Vital statistics of India. Vol. IV, Annual returns from 1871 to 1876. British Army of India, Native Army and jails of Bengal
Year: 1871
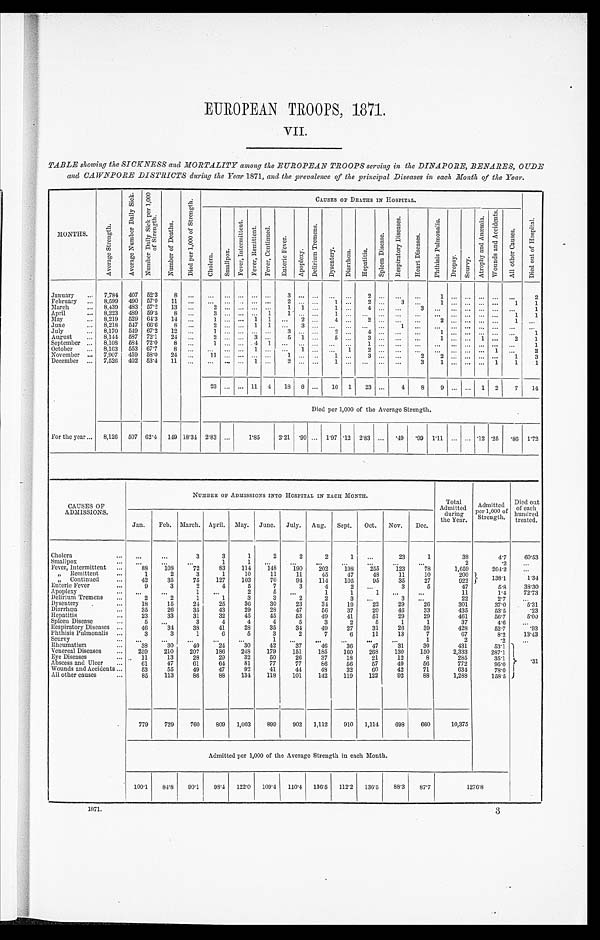
EUROPEAN TROOPS, 1871.
VII.
TABLE showing the SICKNESS and MORTALITY among the EUROPEAN TROOPS serving in the DINAPORE, BENARES, OUDE
and CAWNPORE DISTRICTS during the Year 1871, and the prevalence of the principal Diseases in each Month of the Year.
MONTHS.
A v e r a g e S t r e n g t h
A v e r a g e n u m b e r D a i l y S i c k . N u m b e r D a i l y S i c k p e r 1 , 0 0 0 o f S t r e n g t h .
N u m b e r o f D e a t h s .
D i e d p e r 1 , 0 0 0 o f S t r e n g t h .
CAUSES OP DEATHS IN HOSPITAL.
C h o l c r a .
S m a l l p o x
F e v e r I n t e r m i t t e n t .
F e v e r R e m i t t e n t . F e v e r , C o n t i n u e d .
E n t e r i c F e v e r .
A p o p l e x y .
D e l i r i u m T r e m e n s .
D y s e n t e r y .
D i a r r h œ a . H e p a t i t i s .
S p l e e n D i s e a s e s .
R e s p i r a t o r y D i s e a s e s .
H e a r t D i s e a s e s .
P h t h i s i s P u l m o n a l i s .
D r o p s y .
S c u r v y .
A t r o p h y a n d A n æ m i a .
W o u n d s a n d A c c i d e n t s .
A l l o t h e r C a u s e s .
D i e d o u t o f H o s p i t a l .
January ... 7,784 407 52.3 8
...
. . .
. . . . . . . . . . . . 3
. . .
...
. . . . . . 2
. . . ... ...
1 . . . . . . . . .
... ...
2
February ... 8,599 490 57.0 11
. . . ... ...
. . . . ... . . .
2 . . .
...
1 ...
2 . . . 3 ... 1 ... . . . . . . ... 1
1
March
... 8,439 483 57.2 13 ...
2 . . . . . . . . . . . . . . 1 1 ... 1 . . . 4 . . . . ... 3 ... ... . . . . . . ... ...
1
April
... 8,223 489 59.5 8 ...
3 . . . . . . . . . 1
1 . . .
...
1 . . .
. . . . . . ...
. . . ... . . . . . . ... ...
1 1
May
... 8,219 529 64.3 14 ...
1 ... ... 1 1 ... . 2 ... 4 . . . 2 . . . ...
. . . 2 . . . . . . . . .
... 1
. . .
June
... 8,218 547 66.6 8 ...
2 . . . . . . 1 1
. . . 3 ...
. . . . . .
. . . . . . 1
. . .
. . . . . . . . . . . .
....
. . . . . .
July... 8,170 549 67.2 12 ...
1 . . . . . . . . . . . .
3 . . .
...
2 . . .
4 . . . ...
. . . 1 . . . . . . . . .
...
. . . . . .
August ... 8,144 587 72.1 24 ...
2 . . . . . . 3 . . . 5 1 ... 5 ... 3 . . . ...
. . . 1 . . . . . . 1 ... 2 1
September ... 8,108 584 72.0 8 ...
1 . . . . . . 4 1
. . . . . . ... ...
. . .
1 . . . ...
. . .
. . . . . . ... . . . ... ...
1
October ... 8,163 553 67.7 8
. . . ... ... ... 1 ... ... 1 ...
. . . 1
2 . . . ...
. . . . . . ... ... . . . 1 ...
2
November ... 7,907 459 58.0 24
. . . 11 . . . . . . . . . . . . 1 . . .
...
1 . . . 3 . . . ...
2 2 . . . . . . . . .
... 1 3
December ... 7,526 402 53.4 11
. . . ... ... ... 1 ... 2 . . .
...
1 . . .
. . . . . . ... 3 1 . . . . . . . . . 1 1
1
23 . . . . . . 11 4 18 8 ... 16 1 23 ... 4 8 9 ... I... 1 2 7 14
Died per 1,000 of the Average Strength.
For the year ... 8,126 507 62.4 149 18.34 2.83 ...
1.85
2.21 .99
. . .
1.97 .12 2.83 ...
. 4 9
. 9 9 1.11 ... ... .12 .25
. 8 6 1. 72
CAUSES OF
ADMISSIONS.
NUMBER OF ADMISSIONS INTO HOSPITAL IN EACH MONTH.
Total
Admitted during
the Year.
Admitt e d P e r 1 , 0 0 0 o
f S t r e n g t h .
Died out
o f e a c h h u n d r e d
treated.
Jan. Feb. March. April. May. June. July. Aug. Sept. Oct. Nov. Dec.
Cholera
...
. . .
...
3
3
1
2
2
2
1
. . . 23
1
38
4.7 60. 53
Smallpox
... ...
...
...
1
1 ...
...
. . . ...
...
...
...
2
.2 ...
Fever, Intermittent ...
88 108
72
83 114 148 190 202 198 255 123
78
1,659
204.2 ...
„ Remittent
...
1
2
3
1
10
11
11
45
47
48
11
10
200
138.1
1. 34
„ Continued
42
35
75 127 103
70
94 114 105
95
35
27
922
Enteric Fever
...
9
3
2
4
5
7
3
4
2
. . .
3
5
47
5.8 38.30
Apoplexy
...
...
1
. . . 2
5 ...
1
1
1
. . . ...
11
1.4 72.73
Delirium Tremens ...
2
2
1
1
3
3
2
2
3
. . .
3
. . .
22
2.7 ...
Dysentery .
...
18
15
24 25
36
30
23
34 19
22
29
26
301
37.0
5. 31
Diarrhœa . . . 35
26
35
43
29
28
47
56
37
20
46
33
435
53.5
.23
Hepatitis
. . . 23
33
31
32
45
45
53
49
41
51
29
29
461
56.7
5. 00
Spleen Disease
. . .
5
. . .
3
4
4
4
5
3
2
5
1
1
37
4.6 ...
Respiratory Diseases ...
46
34
38
41
28
35
34
49
27
31
26
39
428
52.7
.93
Phthisis Pulmonalis ...
3
3
1
6
5
3
2
7
6
11
13
7
67
8.2 13.43
Scurvy
... ...
...
...
...
...
1 ...
...
...
...
...
1
2
.2
...
Rheumatism
...
38
30
40
24
30
42
37
46
36
47
31
30
431
53.1 . 3 1
Venereal Diseases ... 259 210 207 186 248 179 151 185 160 268 130 150
2,333
287.1
Eye Diseases
...
11
13
28
29 32
50
26
37
18
21
12
8
285
35.1
Abscess and Ulcer ...
61
47
61
64 81
77
77
86
56
57
49
56
772
95.0
Wounds and Accidents ...
53
55
49
47
92
41
44 48
32
60
42
71
634
78.0
All other causes
...
85 113
86
88 134 118 101 142 119 122
92
88
1,288
158.5
779 729 760 809 1,003 899 902 1,112 910 1,114 698 660
10,375
Admitted per 1,000 of the Average Strength in each Month.
100.1 84.8 90.1 98.4 122.0 109.4 110.4 136.5 112.2 136.5 88.3 87.7
1 2 7 6 . 8
3